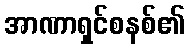
အာဏာရှင်စနစ်၏